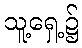
သူ့ရှေ့၌